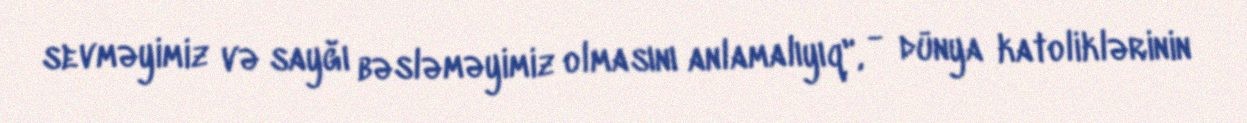
sevməyimiz və sayğı bəsləməyimiz olmasını anlamalıyıq", - dünya katoliklərinin